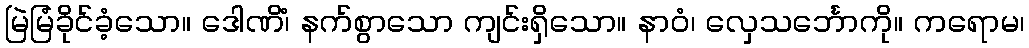
မြဲမြံခိုင်ခံ့သော။ ဒေါဏိံ၊ နက်စွာသော ကျင်းရှိသော။ နာဝံ၊ လှေသင်္ဘောကို။ ကရောမ၊